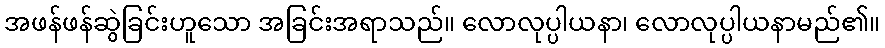
အဖန်ဖန်ဆွဲခြင်းဟူသော အခြင်းအရာသည်။ လောလုပ္ပါယနာ၊ လောလုပ္ပါယနာမည်၏။